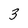
Character: 3